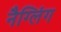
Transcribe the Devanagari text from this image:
नैग्लिंग